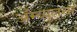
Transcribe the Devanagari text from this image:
ॲम्ब्युलन्स